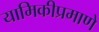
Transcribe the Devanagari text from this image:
यामिकीप्रमाणे